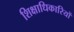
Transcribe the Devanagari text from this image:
शिक्षाधिकारियों